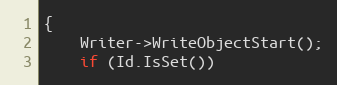
Language: C++
{
	Writer->WriteObjectStart();
	if (Id.IsSet())